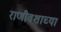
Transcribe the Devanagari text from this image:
राणीवशाच्या